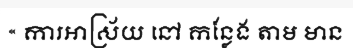
« ការឤស្រ័យ នៅ កន្លែង តាម មាន